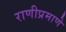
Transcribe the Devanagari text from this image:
राणीप्रमाणे